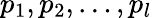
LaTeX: p_{1},p_{2},\ldots,p_{l}